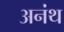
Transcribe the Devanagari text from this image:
अनंथ